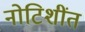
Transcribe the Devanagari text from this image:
नोटिशींत